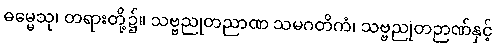
ဓမ္မေသု၊ တရားတို့၌။ သဗ္ဗညုတညာဏ သမဂတိကံ၊ သဗ္ဗညုတဉာဏ်နှင့်